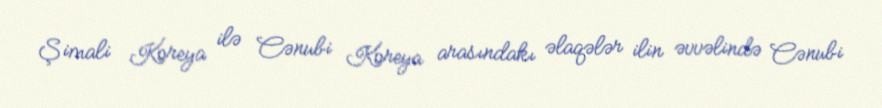
Şimali Koreya ilə Cənubi Koreya arasındakı əlaqələr ilin əvvəlində Cənubi